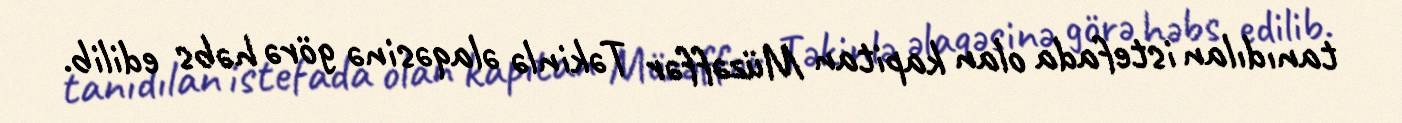
tanıdılan istefada olan kapitan Müzəffər Təkinlə əlaqəsinə görə həbs edilib.